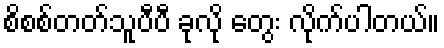
စိစစ်တတ်သူပီပီ ခုလို တွေး လိုက်ပါတယ်။